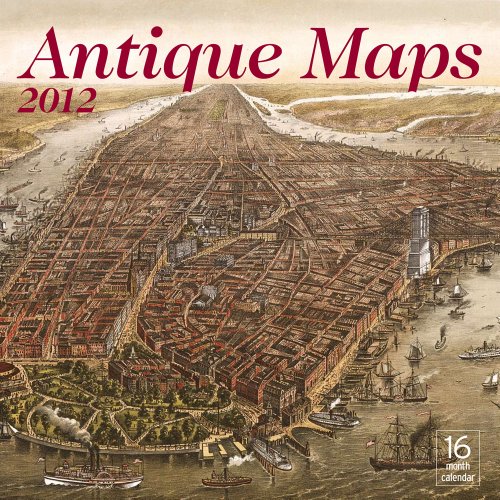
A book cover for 2012 Antique Maps Wall calendar; Moseley Road Inc.; Calendars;